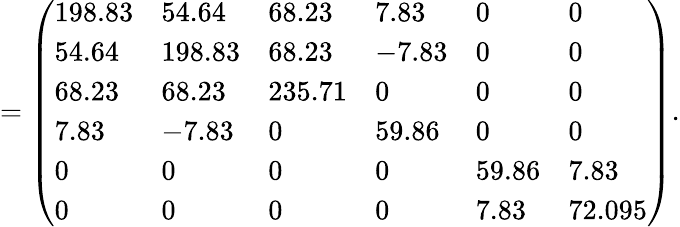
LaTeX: =\left(\begin{array}{llllll}{198.83}&{54.64}&{68.23}&{7.83}&{0}&{0}\\ {54.64}&{198.83}&{68.23}&{-7.83}&{0}&{0}\\ {68.23}&{68.23}&{235.71}&{0}&{0}&{0}\\ {7.83}&{-7.83}&{0}&{59.86}&{0}&{0}\\ {0}&{0}&{0}&{0}&{59.86}&{7.83}\\ {0}&{0}&{0}&{0}&{7.83}&{72.095}\end{array}\right).